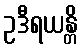
ဥဒီရယန္တိ